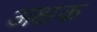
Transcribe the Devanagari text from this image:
अक्षक